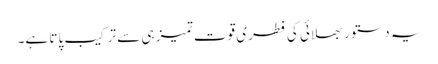
یہ دستور بھلائی کی فطری قوتِ تمیز ہی سے ترکیب پاتا ہے۔